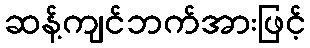
ဆန့်ကျင်ဘက်အားဖြင့်